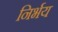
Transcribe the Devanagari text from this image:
निर्भय